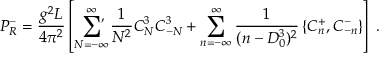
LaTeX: P _ { R } ^ { - } = { \frac { g ^ { 2 } L } { 4 \pi ^ { 2 } } } \left[ \sum _ { N = - \infty } ^ { \infty } \! \! \! \! { } ^ { \stackrel { \prime } { } } \thinspace \thinspace { \frac { 1 } { N ^ { 2 } } } C _ { N } ^ { 3 } C _ { - N } ^ { 3 } + \sum _ { n = - \infty } ^ { \infty } { \frac { 1 } { ( n - D _ { 0 } ^ { 3 } ) ^ { 2 } } } \left\{ C _ { n } ^ { + } , C _ { - n } ^ { - } \right\} \right] \; .